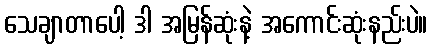
သေချာတာပေါ့ ဒါ အမြန်ဆုံးနဲ့ အကောင်းဆုံးနည်းပဲ။